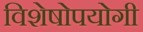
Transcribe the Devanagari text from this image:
विशेषोपयोगी